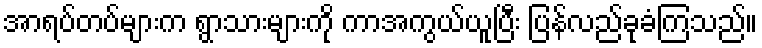
အာရပ်တပ်များက ရွာသားများကို ကာအကွယ်ယူပြီး ပြန်လည်ခုခံကြသည်။